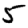
Digit: 5